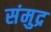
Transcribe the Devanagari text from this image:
संमुद्र